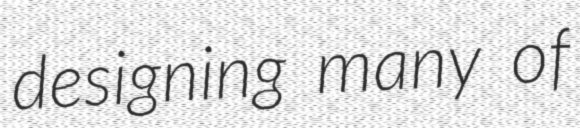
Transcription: designing many of